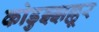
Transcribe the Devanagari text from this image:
कोडुझ्झल्लूर